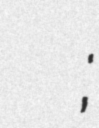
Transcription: Милица Симић;